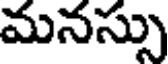
మనస్సు